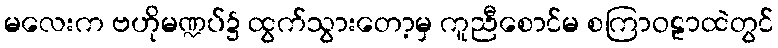
မလေးက ဗဟိုမဏ္ဍပ်၌ ထွက်သွားတော့မှ ကူညီစောင်မ စကြာဝဠာထဲတွင်